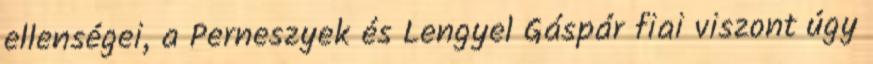
ellenségei, a Perneszyek és Lengyel Gáspár fiai viszont úgy